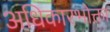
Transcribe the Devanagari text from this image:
अधिकारभोक्ता